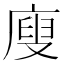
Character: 廋